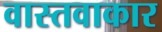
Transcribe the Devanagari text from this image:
वास्तवाकार